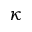
\kappa